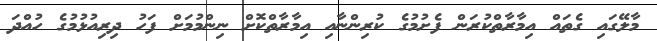
މާލޭގައި ގެތައް އިމާރާތްކުރަން ފެށުމުގެ ކުރިންނާއި އިމާރާތްކޮށް ނިންމުމަށް ފަހު ދިރިއުޅުމުގެ ހުއްދަ